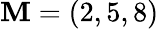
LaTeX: \mathbf{M}=(2,5,8)